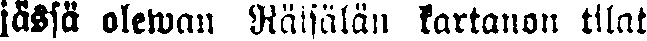
jässä olewan Räijälän kartanon tilat